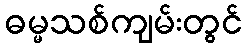
ဓမ္မသစ်ကျမ်းတွင်